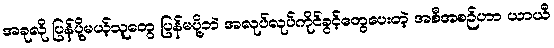
အခုလို ပြန်ပို့မယ့်သူတွေ ပြန်မပို့ဘဲ အလုပ်လုပ်ကိုင်ခွင့်တွေပေးတဲ့ အစီအစဉ်ဟာ ယာယီ